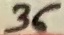
Text: 36